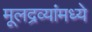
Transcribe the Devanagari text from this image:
मूलद्रव्यांमध्ये